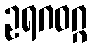
ဥရဂဝဂ္ဂ